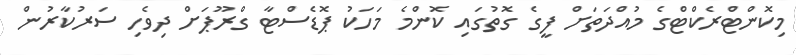
މިކޮންޓްރެކްޓްގެ މުއްދަތަށް ފީގެ ގޮތުގައި ކޮންމެ މަހަކު ޕޮޑެސްޓާ ގްރޫޕަށް ދިވެހި ސަރުކާރުން